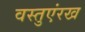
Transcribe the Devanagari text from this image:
वस्तुएंरख